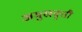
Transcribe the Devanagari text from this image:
अमुखवृत्ती